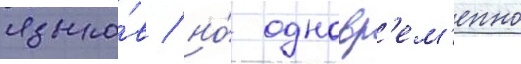
языко́в / но́ одновр'ем'енно